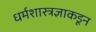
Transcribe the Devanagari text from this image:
धर्मशास्त्रज्ञाकडून